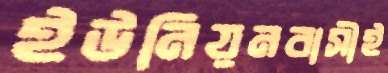
ইউনিয়নবাসীই